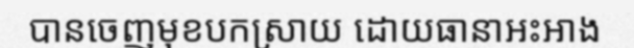
បានចេញមុខបកស្រាយ ដោយធានាអះអាង